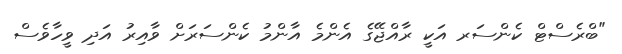
"ބްރެސްޓް ކެންސަރ އަކީ ރާއްޖޭގެ އެންމެ އާންމު ކެންސަރަށް ވާއިރު އަދި ވީހާވެސް